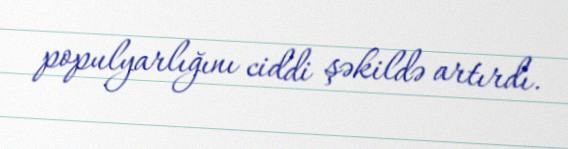
populyarlığını ciddi şəkildə artırdı.